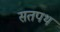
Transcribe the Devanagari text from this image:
सतपथ